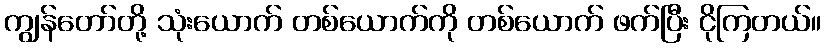
ကျွန်တော်တို့ သုံးယောက် တစ်ယောက်ကို တစ်ယောက် ဖက်ပြီး ငိုကြတယ်။